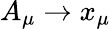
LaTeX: A_{\mu}\to x_{\mu}